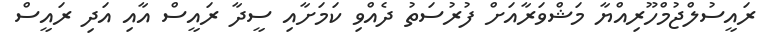
ރައީސުލްޖުމްހޫރިއްޔާ މަޝްވަރާއަށް ފުުރުސަތު ދެއްވި ކަމަށާއި ސީދާ ރައީސް އާއި އަދި ރައީސް